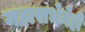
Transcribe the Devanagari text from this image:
महासभेनेही